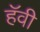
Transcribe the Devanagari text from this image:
हॅवी